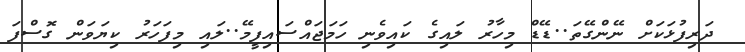
ދަރިފުޅަކަށް ނޭންގޭތަ..ޑޭޑް މިހާރު ލައިގެ ކައިވެނި ހަމަޖައްސައިފީމޭ..ލައި މިފަހަރު ކިޔަވަން ގޮސްފަ